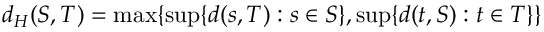
d _ { H } ( S , T ) = \operatorname* { m a x } \{ \operatorname* { s u p } \{ d ( s , T ) : s \in S \} , \operatorname* { s u p } \{ d ( t , S ) : t \in T \} \}